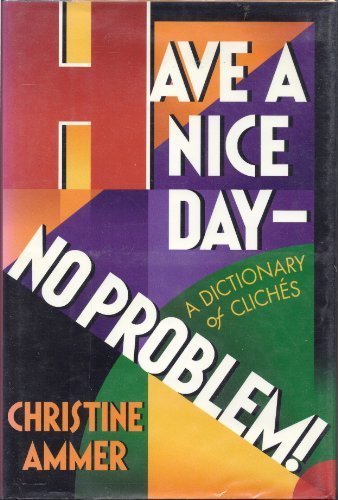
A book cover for Have a Nice Day- No Problem! A Dictionary of ClichÃ©s; Christine Ammer; Reference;